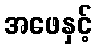
အဖေနှင့်